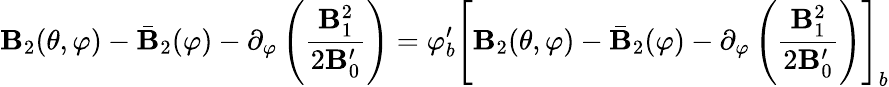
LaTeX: \mathbf{B}_{2}(\theta,\varphi)-\bar{{\mathbf{B}}}_{2}(\varphi)-\partial_{\varphi}\left(\frac{{\mathbf{B}_{1}^{2}}}{{2\mathbf{B}_{0}^{\prime}}}\right)=\varphi_{b}^{\prime}\left[\mathbf{B}_{2}(\theta,\varphi)-\bar{{\mathbf{B}}}_{2}(\varphi)-\partial_{\varphi}\left(\frac{{\mathbf{B}_{1}^{2}}}{{2\mathbf{B}_{0}^{\prime}}}\right)\right]_{b}